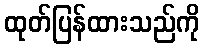
ထုတ်ပြန်ထားသည်ကို